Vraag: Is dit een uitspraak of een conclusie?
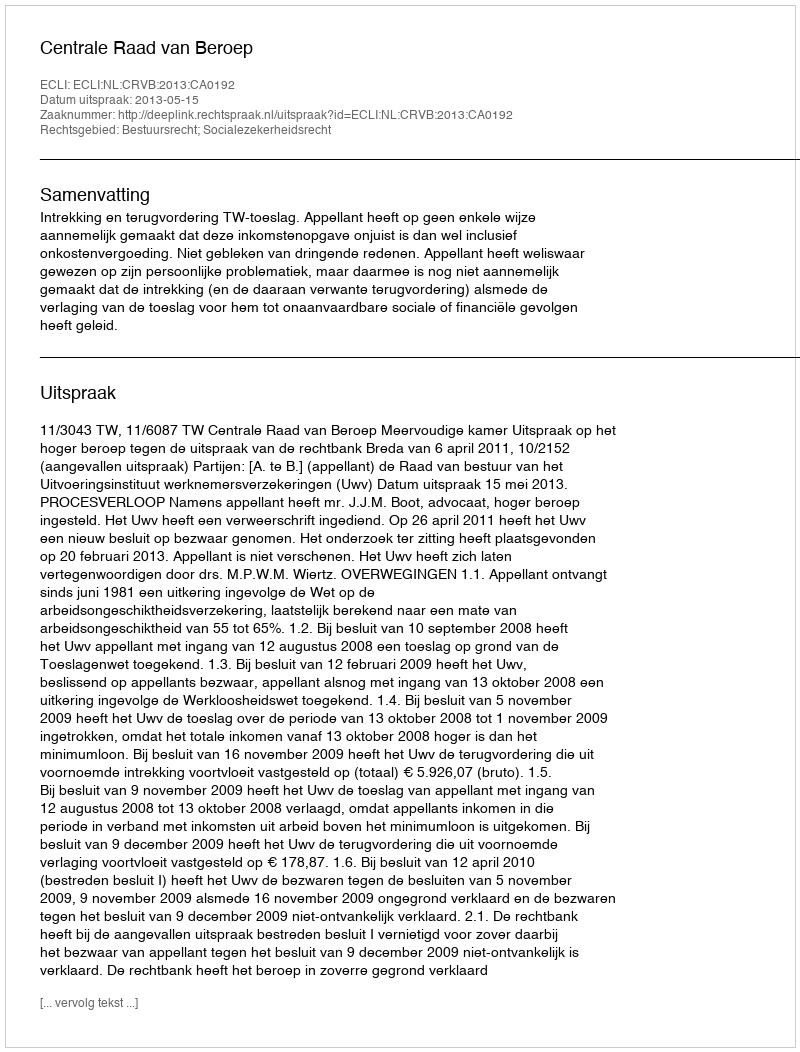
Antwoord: Uitspraak